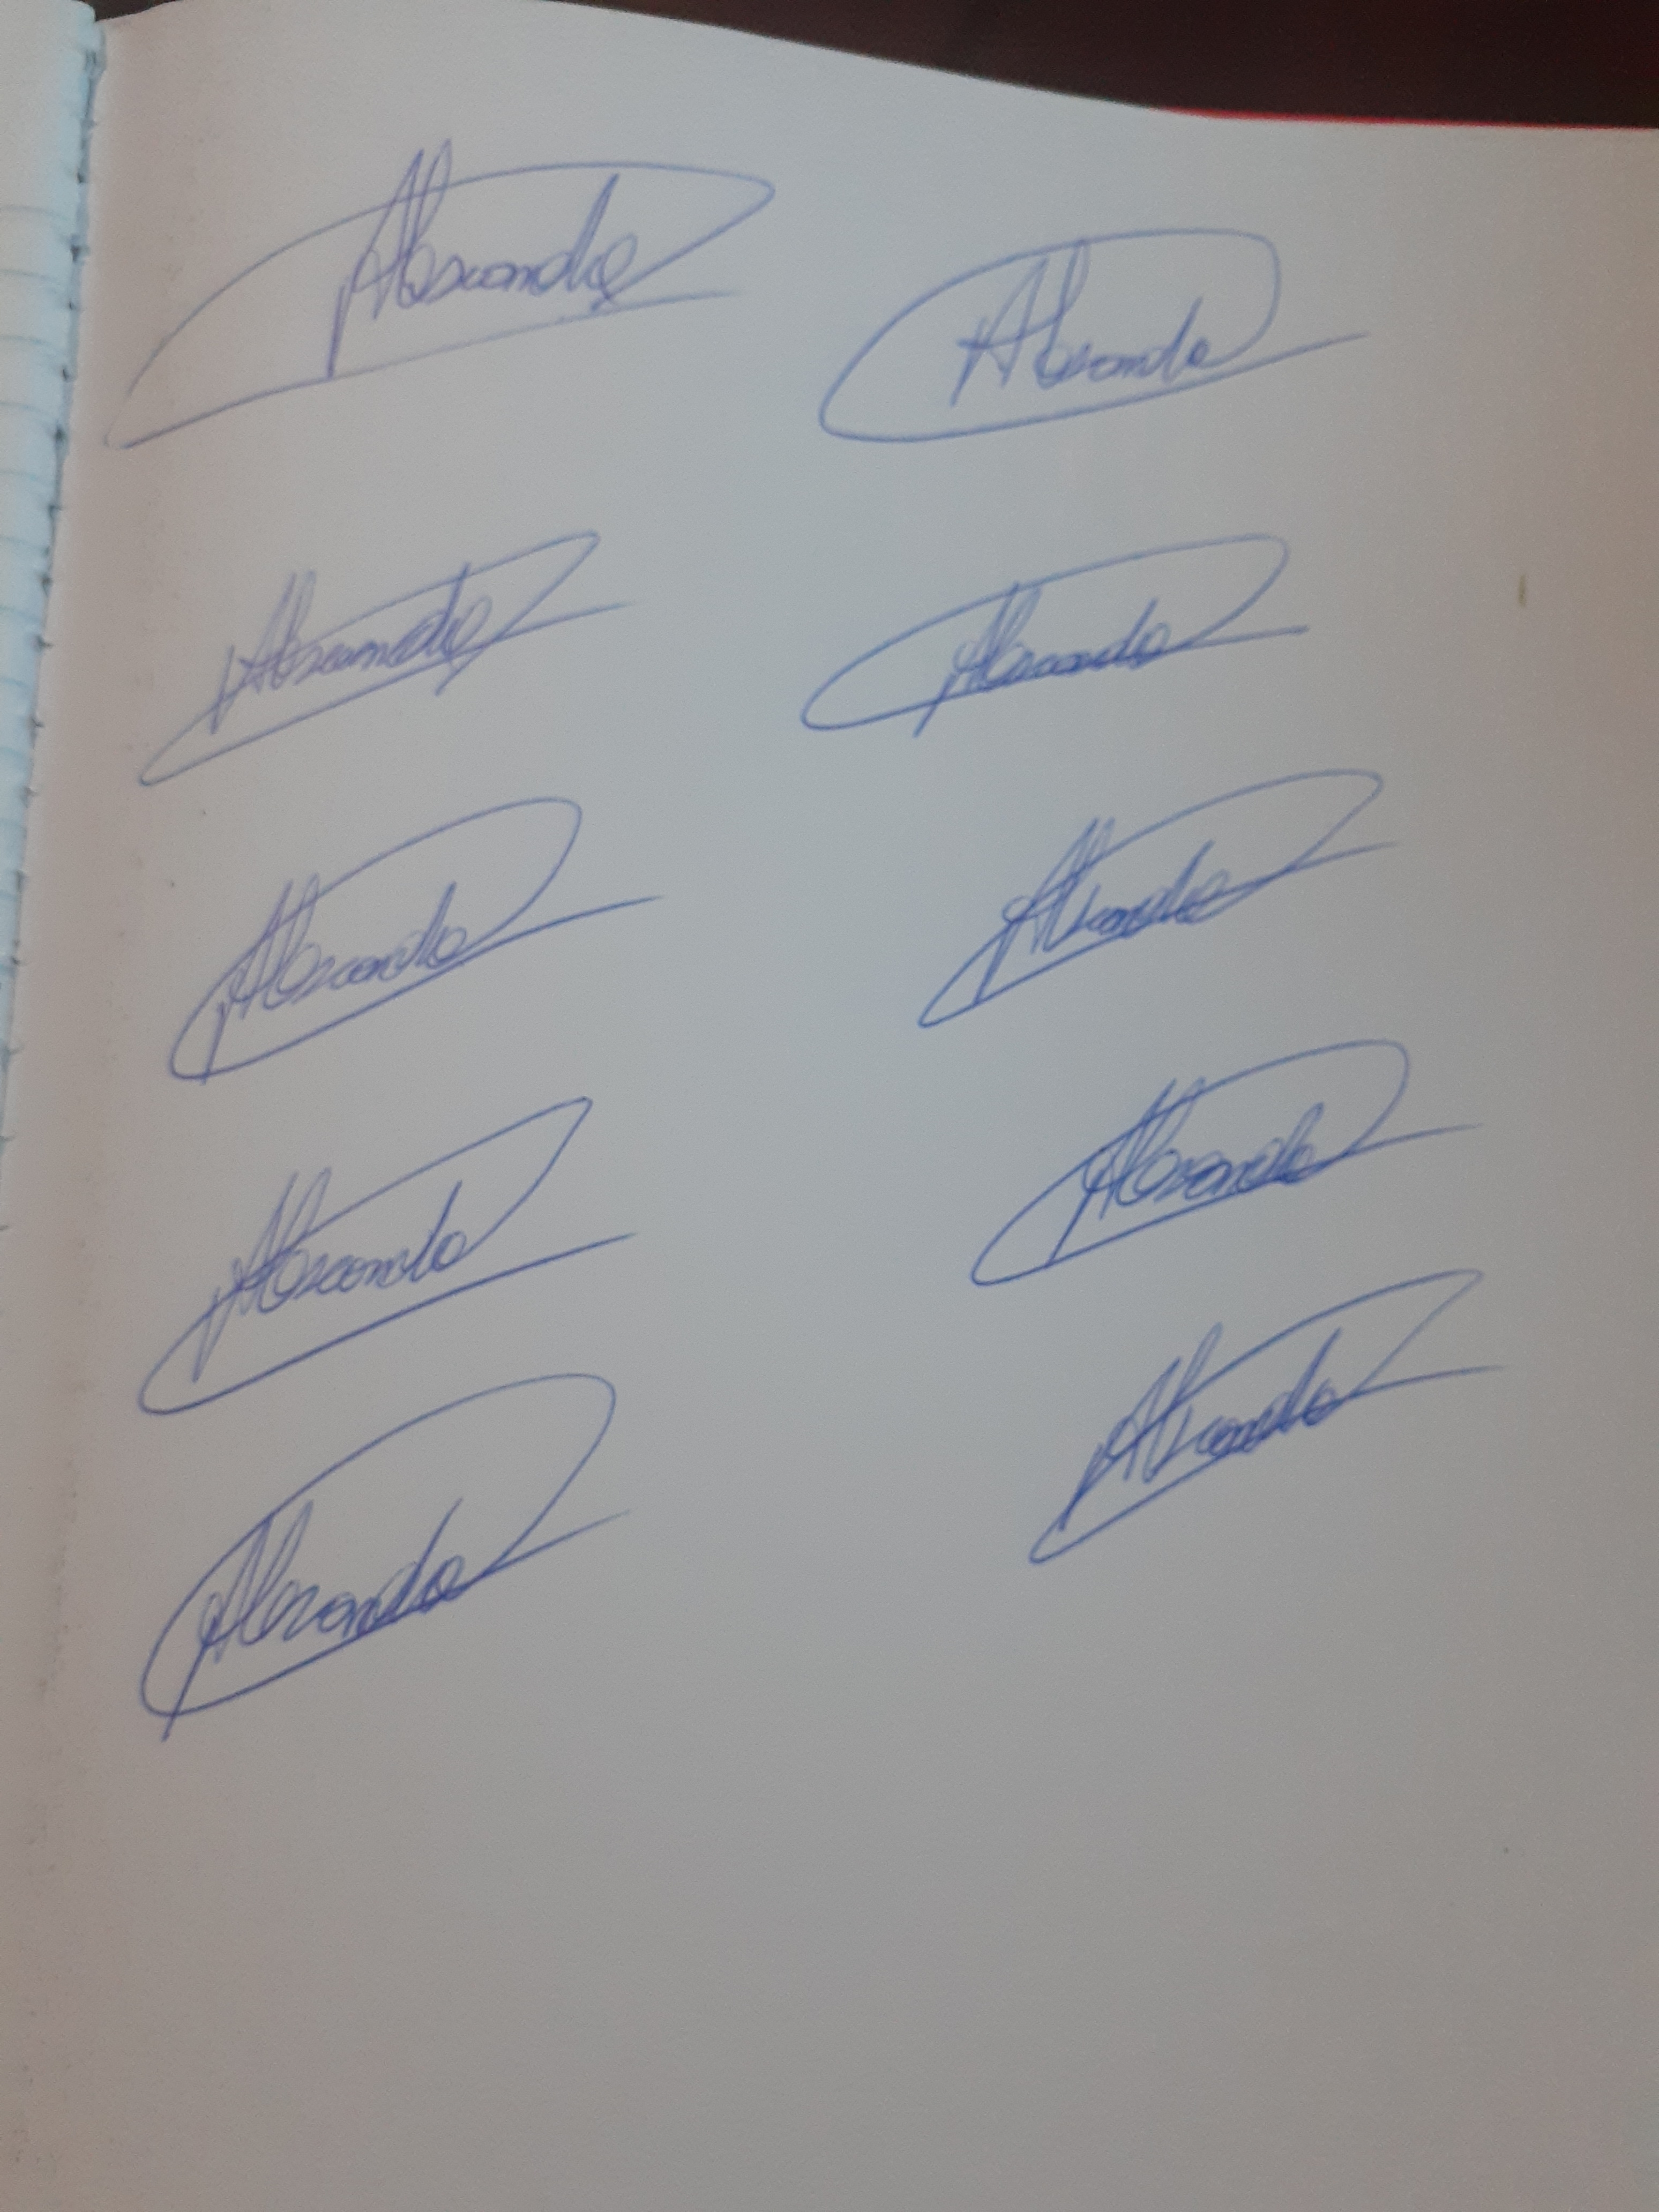
Signature authenticity: genuine